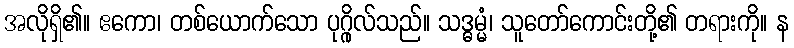
အလိုရှိ၏။ ဧကော၊ တစ်ယောက်သော ပုဂ္ဂိုလ်သည်။ သဒ္ဓမ္မံ၊ သူတော်ကောင်းတို့၏ တရားကို။ န